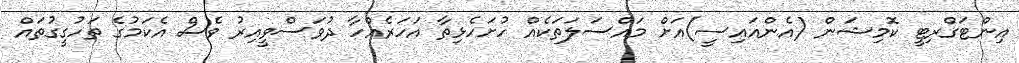
އިންޓަގްރިޓީ ކޮމިޝަން (އެންއައިސީ)އަށް މައްސަލަތަކެއް ހުށަހެޅިތާ އަހަރެއްހާ ދުވަސްވީއިރު ވެސް އެކަމުގެ ތަހުގީގުތައް